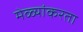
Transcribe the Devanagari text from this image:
मेळ्यांकरता